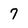
Character: 7